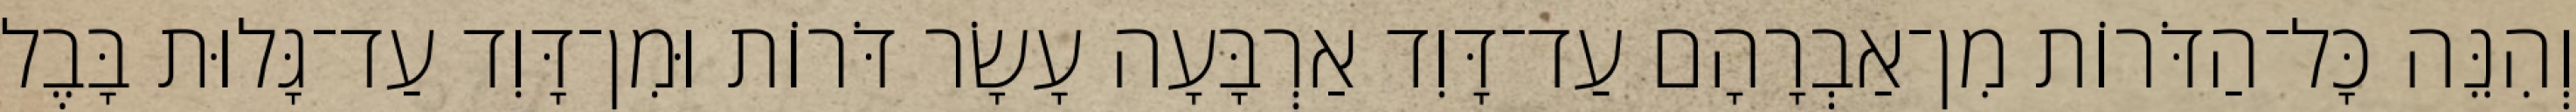
וְהִנֵּה כָּל־הַדֹּרוֹת מִן־אַבְרָהָם עַד־דָּוִד אַרְבָּעָה עָשָׂר דֹּרוֹת וּמִן־דָּוִד עַד־גָּלוּת בָּבֶל